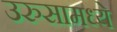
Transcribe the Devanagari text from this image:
उरुसामध्ये